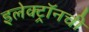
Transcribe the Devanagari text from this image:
इलेक्ट्राॅनची